Indian journal of veterinary science and animal husbandry - Volumes 26-27, 1956-1957
Year: 1956
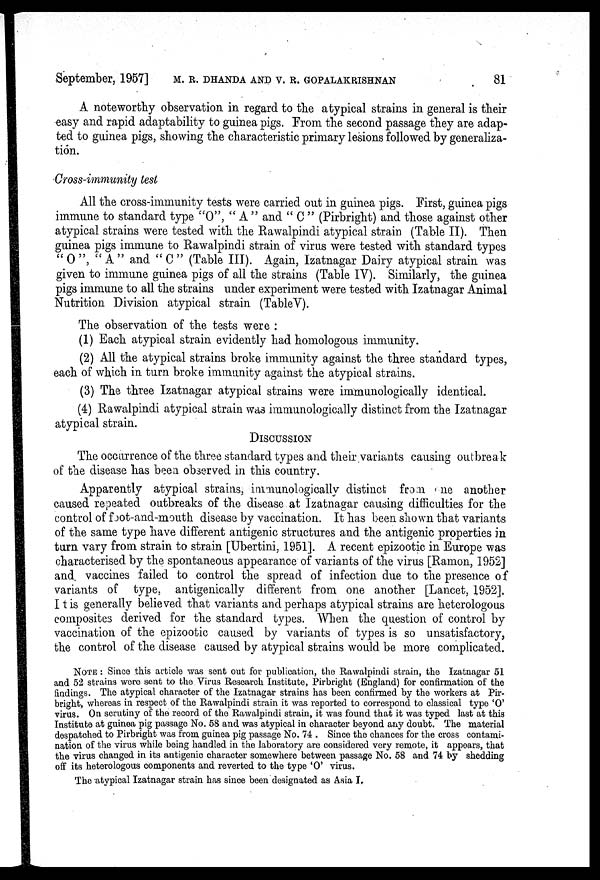
September, 1957] M. R. DHANDA AND V. R. GOPALAKRISHNAN 81
A noteworthy observation in regard to the atypical strains in general is their
easy and rapid adaptability to guinea pigs. From the second passage they are adap-
ted to guinea pigs, showing the characteristic primary lesions followed by generaliza-
tion.
Cross-immunity test
All the cross-immunity tests were carried out in guinea pigs. First, guinea pigs
immune to standard type "O", " A " and " C " (Pirbright) and those against other
atypical strains were tested with the Rawalpindi atypical strain (Table II). Then
guinea pigs immune to Rawalpindi strain of virus were tested with standard types
" O ", " A " and " C " (Table III). Again, Izatnagar Dairy atypical strain was
given to immune guinea pigs of all the strains (Table IV). Similarly, the guinea
pigs immune to all the strains under experiment were tested with Izatnagar Animal
Nutrition Division atypical strain (TableV).
The observation of the tests were :
(1) Each atypical strain evidently had homologous immunity.
(2) All the atypical strains broke immunity against the three standard types,
each of which in turn broke immunity against the atypical strains.
(3) The three Izatnagar atypical strains were immunologically identical.
(4) Rawalpindi atypical strain was immunologically distinct from the Izatnagar
atypical strain.
DISCUSSION
The occurrence of the three standard types and their variants causing outbreak
of the disease has been observed in this country.
Apparently atypical strains, immunologically distinct from one another
caused repeated outbreaks of the disease at Izatnagar causing difficulties for the
control of foot-and-mouth disease by vaccination. It has been shown that variants
of the same type have different antigenic structures and the antigenic properties in
turn vary from strain to strain [Ubertini, 1951]. A recent epizootic in Europe was
characterised by the spontaneous appearance of variants of the virus [Ramon, 1952]
and vaccines failed to control the spread of infection due to the presence of
variants of type, antigenically different from one another [Lancet, 1952].
It is generally believed that variants and perhaps atypical strains are heterologous
composites derived for the standard types. When the question of control by
vaccination of the epizootic caused by variants of types is so unsatisfactory,
the control of the disease caused by atypical strains would be more complicated.
NOTE : Since this article was sent out for publication, the Rawalpindi strain, the Izatnagar 51
and 52 strains were sent to the Virus Research Institute, Pirbright (England) for confirmation of the
findings. The atypical character of the Izatnagar strains has been confirmed by the workers at Pir-
bright, whereas in respect of the Rawalpindi strain it was reported to correspond to classical type 'O'
virus. On scrutiny of the record of the Rawalpindi strain, it was found that it was typed last at this
Institute at guinea pig passage No. 58 and was atypical in character beyond any doubt. The material
despatched to Pirbright was from guinea pig passage No. 74 . Since the chances for the cross contami-
nation of the virus while being handled in the laboratory are considered very remote, it appears, that
the virus changed in its antigenic character somewhere between passage No. 58 and 74 by shedding
off its heterologous components and reverted to the type 'O' virus.
The atypical Izatnagar strain has since been designated as Asia I.